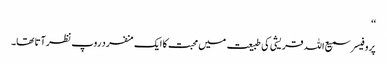
‘‘
پروفیسر سمیع اللہ قریشی کی طبیعت میں محبت کا ایک منفرد روپ نظر آتا تھا۔